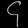
Digit: ၄